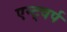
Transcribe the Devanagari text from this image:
एन्ट्वर्प